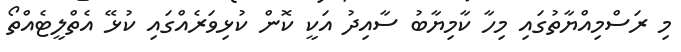
މި ރަސްމިއްޔާތުގައި މިހާ ކާމިޔާބު ސާއިދު އަކީ ކޮން ކުޅިވަރެއްގައި ކުޅޭ އެތްލީޓެއްތޯ